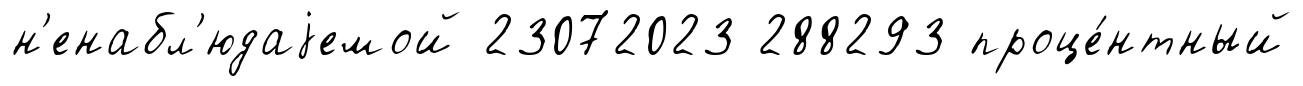
н'енабл'юдаjемой 23072023 288293 проце́нтный